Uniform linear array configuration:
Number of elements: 4
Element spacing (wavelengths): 0.75
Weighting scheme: binomial
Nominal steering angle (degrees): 60
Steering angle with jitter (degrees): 60.765
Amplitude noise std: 0.05
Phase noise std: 0.05

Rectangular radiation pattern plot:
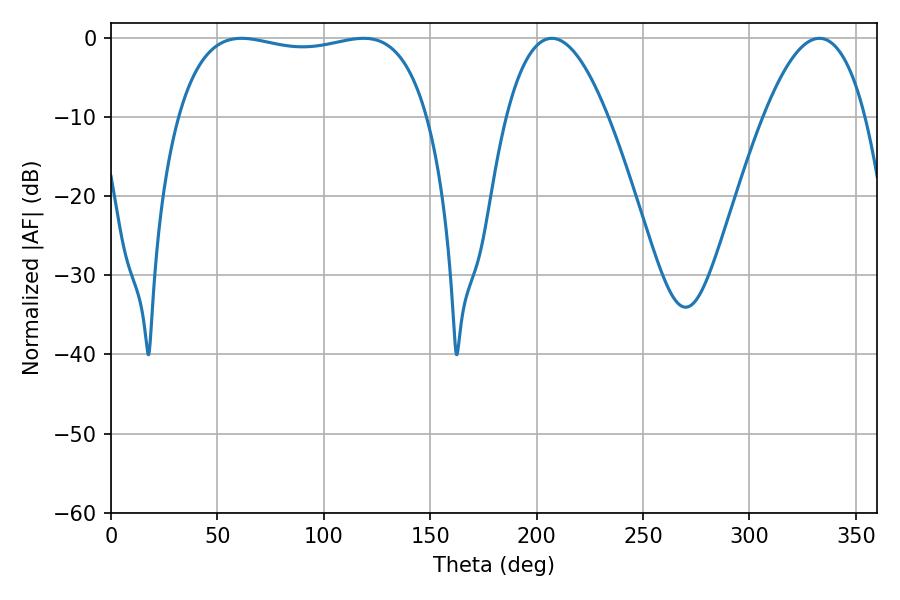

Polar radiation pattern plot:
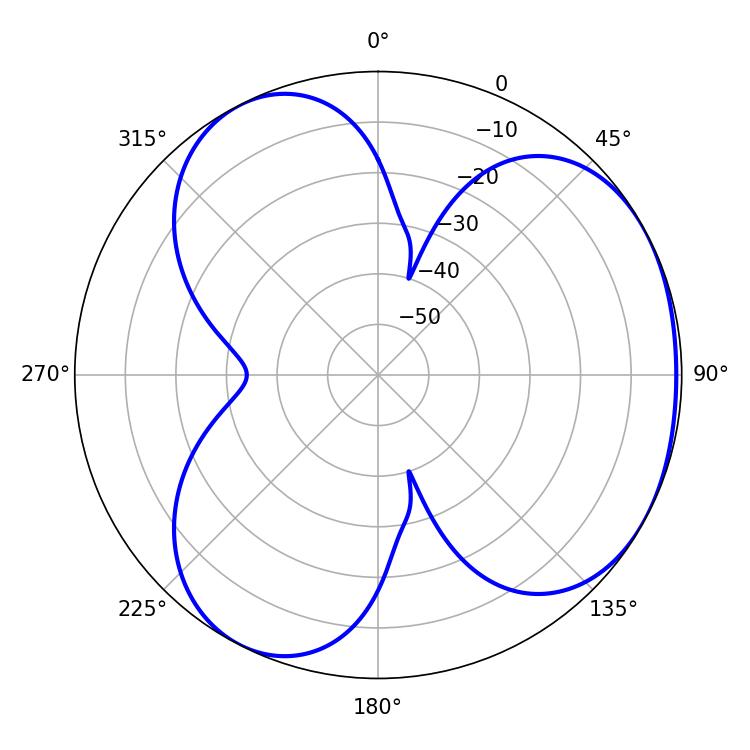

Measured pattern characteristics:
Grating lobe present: TRUE
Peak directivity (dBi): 3.559
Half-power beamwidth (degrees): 94.68
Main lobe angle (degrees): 61.38